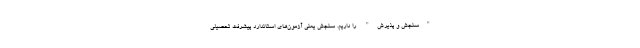
"سنجش و پذیرش" را داریم. سنجش یعنی آزمون‌های استاندارد پیشرفت تحصیلی